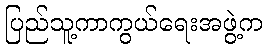
ပြည်သူ့ကာကွယ်ရေးအဖွဲ့က